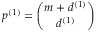
p ^ { ( 1 ) } = \binom { m + d ^ { ( 1 ) } } { d ^ { ( 1 ) } }